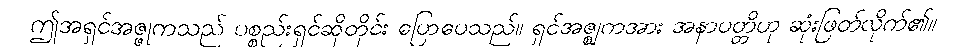
ဤအရှင်အဇ္ဇုကသည် ပစ္စည်းရှင်ဆိုတိုင်း ပြောပေသည်။ ရှင်အဇ္ဈကအား အနာပတ္တိဟု ဆုံးဖြတ်လိုက်၏။